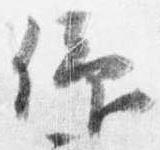
仰